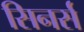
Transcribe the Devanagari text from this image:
सिनर्स